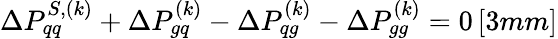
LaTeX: \Delta P_{qq}^{S,(k)}+\Delta P_{gq}^{(k)}-\Delta P_{qg}^{(k)}-\Delta P_{gg}^{(k)}=0\, [3mm]